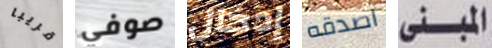
قريبا صوفي إدخال اصدقه المبنى